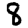
Digit: 8